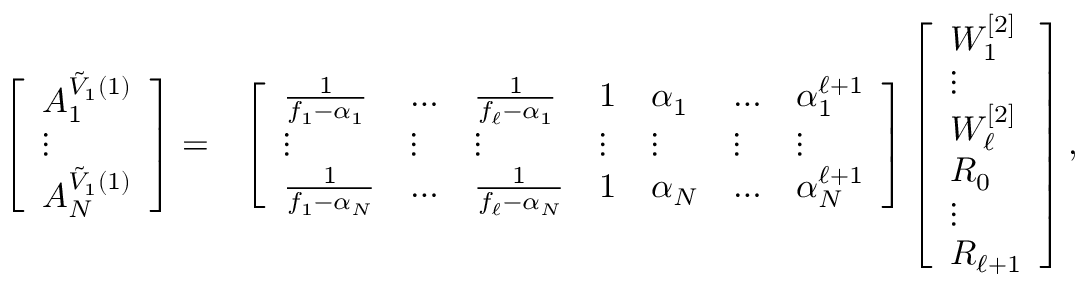
\begin{array} { r l } { \left[ \begin{array} { l } { A _ { 1 } ^ { \Tilde { V } _ { 1 } ( 1 ) } } \\ { \vdots } \\ { A _ { N } ^ { \Tilde { V } _ { 1 } ( 1 ) } } \end{array} \right] = } & { \left[ \begin{array} { l l l l l l l } { \frac { 1 } { f _ { 1 } - \alpha _ { 1 } } } & { \dotsc } & { \frac { 1 } { f _ { \ell } - \alpha _ { 1 } } } & { 1 } & { \alpha _ { 1 } } & { \dotsc } & { \alpha _ { 1 } ^ { \ell + 1 } } \\ { \vdots } & { \vdots } & { \vdots } & { \vdots } & { \vdots } & { \vdots } & { \vdots } \\ { \frac { 1 } { f _ { 1 } - \alpha _ { N } } } & { \dotsc } & { \frac { 1 } { f _ { \ell } - \alpha _ { N } } } & { 1 } & { \alpha _ { N } } & { \dotsc } & { \alpha _ { N } ^ { \ell + 1 } } \end{array} \right] \left[ \begin{array} { l } { W _ { 1 } ^ { [ 2 ] } } \\ { \vdots } \\ { W _ { \ell } ^ { [ 2 ] } } \\ { R _ { 0 } } \\ { \vdots } \\ { R _ { \ell + 1 } } \end{array} \right] , } \end{array}